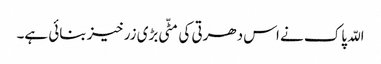
اللّہ پاک نے اس دھرتی کی مٹّی بڑی زرخیز بنائی ہے۔